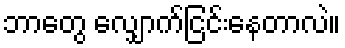
ဘာတွေ လျှောက်ငြင်းနေတာလဲ။